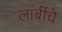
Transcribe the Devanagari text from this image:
लांबींचे